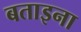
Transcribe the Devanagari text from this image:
बताइना